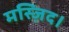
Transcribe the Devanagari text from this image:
मस्ज़िद।